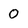
Character: 0